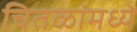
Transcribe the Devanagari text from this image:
चितळांमध्ये